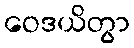
ဝေဒယိတွာ